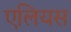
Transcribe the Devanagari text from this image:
एलियस